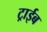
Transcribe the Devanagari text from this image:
ट्राईब